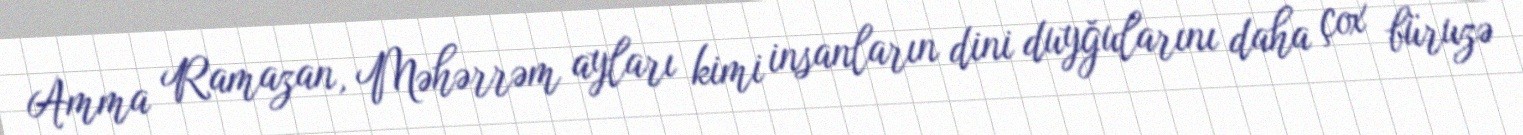
Amma Ramazan, Məhərrəm ayları kimi insanların dini duyğularını daha çox büruzə